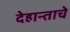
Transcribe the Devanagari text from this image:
देहान्ताचे